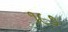
૧૯૭